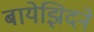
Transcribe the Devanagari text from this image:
बायेझिदने